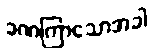
ခဏကြာသောအခါ